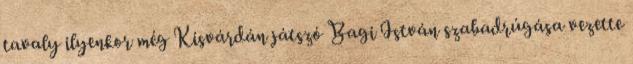
tavaly ilyenkor még Kisvárdán játszó Bagi István szabadrúgása vezette